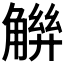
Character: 𧤋